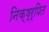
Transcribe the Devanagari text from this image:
निक्ष्र्पित